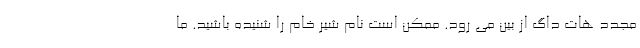
مجدد هات داگ از بين مي رود. ممكن است نام شير خام را شنيده باشيد. ما